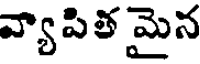
వ్యాపిత మైన